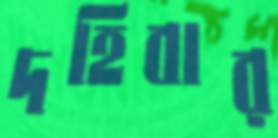
দহিবার